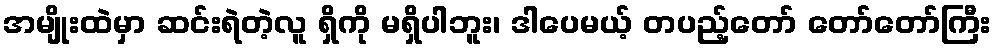
အမျိုးထဲမှာ ဆင်းရဲတဲ့လူ ရှိကို မရှိပါဘူး၊ ဒါပေမယ့် တပည့်တော် တော်တော်ကြီး